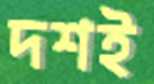
দশই